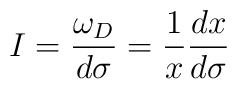
I=\frac{\omega_{D}}{d\sigma}=\frac{1}{x}\frac{d x}{d\sigma}